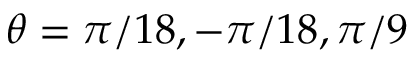
\theta = \pi / 1 8 , - \pi / 1 8 , \pi / 9